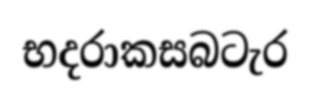
භදරාකසබටැර